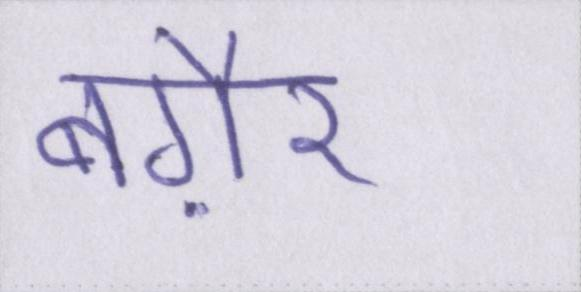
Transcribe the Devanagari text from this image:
बग़ैर